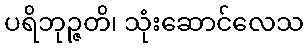
ပရိဘုဉ္ဇတိ၊ သုံးဆောင်လေသ